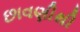
છાવણીથી